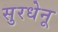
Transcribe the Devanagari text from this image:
सुरधेनू